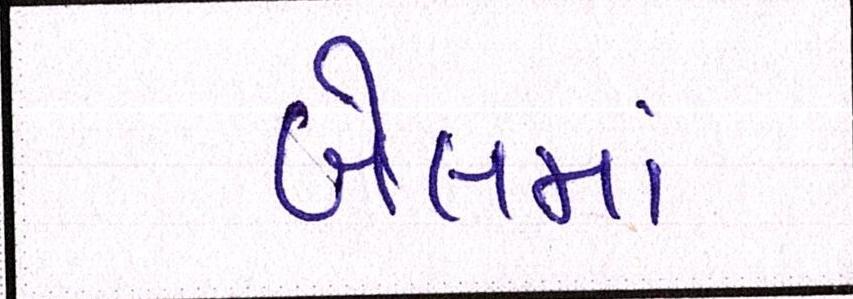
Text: બેલમાં